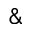
\&